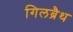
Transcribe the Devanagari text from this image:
गिलब्रैथ